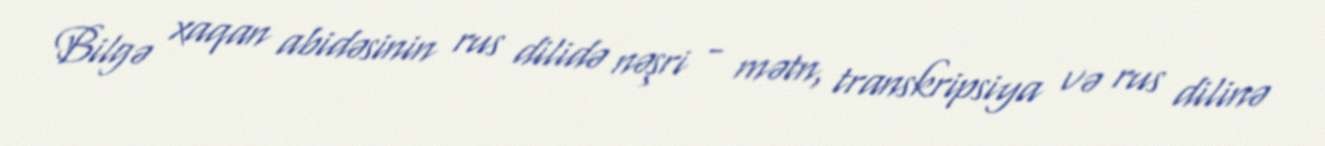
Bilgə xaqan abidəsinin rus dilidə nəşri - mətn, transkripsiya və rus dilinə